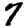
Digit: 7